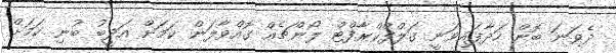
ދެވަނަ ބޮން ހަދާފައިވަނީ ގަލްފްކްރާފްޓް ލޯންޗެއް ގޮއްވާލަން ކަމަށް އަދީބު ބުނި ކަމަށް